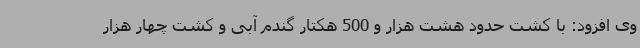
وی افزود: با کشت حدود هشت هزار و 500 هکتار گندم آبی و کشت چهار هزار